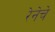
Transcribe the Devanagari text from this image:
रेनेचे